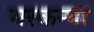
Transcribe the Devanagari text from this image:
बरकन्या